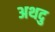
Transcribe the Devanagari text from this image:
अथदु